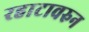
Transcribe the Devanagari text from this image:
रहाटावरुन